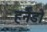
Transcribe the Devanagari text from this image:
हर्नैंडो